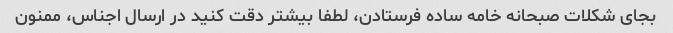
بجای شکلات صبحانه خامه ساده فرستادن، لطفا بیشتر دقت کنید در ارسال اجناس، ممنون